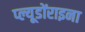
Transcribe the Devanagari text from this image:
प्ल्यूडोंराइना